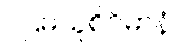
ပဌမသူစိဝိမာနံ